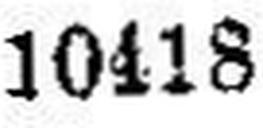
10418